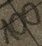
Text: 100